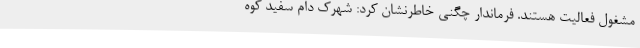
مشغول فعالیت هستند. فرماندار چگنی خاطرنشان کرد: شهرک دام سفید کوه